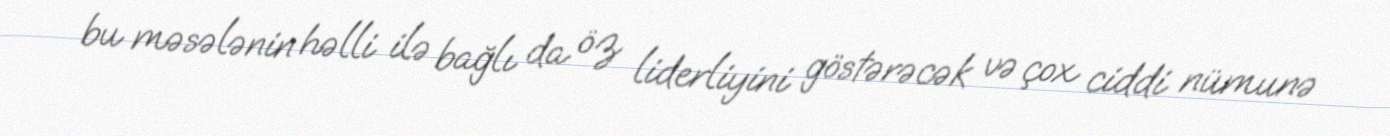
bu məsələnin həlli ilə bağlı da öz liderliyini göstərəcək və çox ciddi nümunə